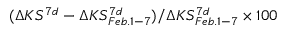
( \Delta K S ^ { 7 d } - \Delta K S _ { F e b . 1 - 7 } ^ { 7 d } ) / \Delta K S _ { F e b . 1 - 7 } ^ { 7 d } \times 1 0 0 \